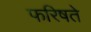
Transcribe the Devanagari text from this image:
फरिषते